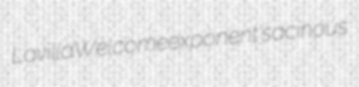
Lavilla Welcome exponent's acinous